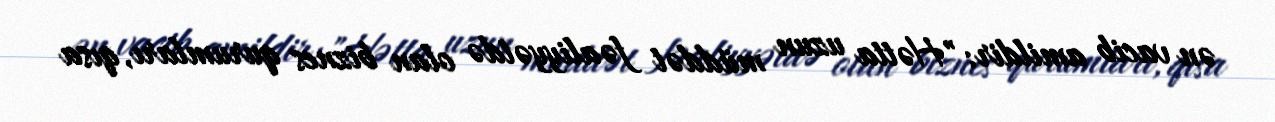
ən vacib amildir: "Hətta uzun müddət fəaliyyətdə olan biznes qurumları, qısa